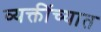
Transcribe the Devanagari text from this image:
व्यक्तींच्यात